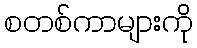
စတစ်ကာများကို